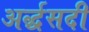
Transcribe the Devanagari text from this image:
अर्द्धसदी